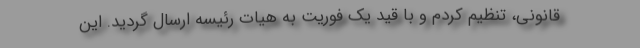
قانونی، تنظیم کردم و با قید یک فوریت به هیات رئیسه ارسال گردید. این